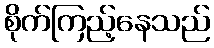
စိုက်ကြည့်နေသည်